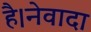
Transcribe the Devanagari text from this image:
है।नेवादा